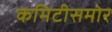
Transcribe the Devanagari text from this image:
कमिटीसमोर